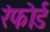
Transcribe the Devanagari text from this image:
रंफोर्ड